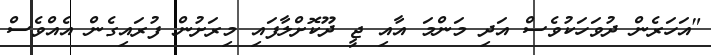
"އަހަރެން ދުވަހަކުވެސް އަދި މަންމަ އާއި ޖީ ދޫކޮށްލާފައި މިރަށުން ފުރައިގެން އެއްވެސް